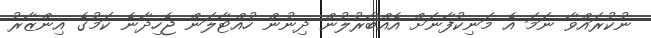
ނުކުރައްވާ ނަމަ އެ މަނިކުފާނަށް އެއްބާރުލުން ދިނުން ހުއްޓާލަން ޖެހިދާނެ ކަމުގެ އިންޒާރު